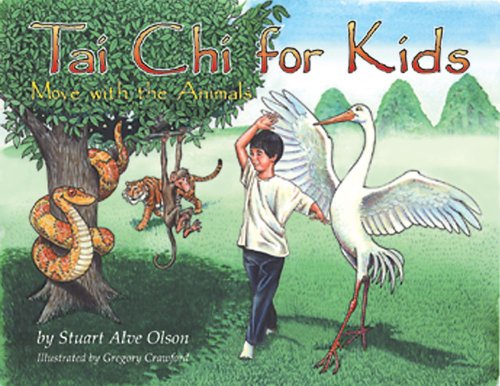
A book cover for Tai Chi for Kids: Move with the Animals; Stuart Alve Olson; Children's Books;